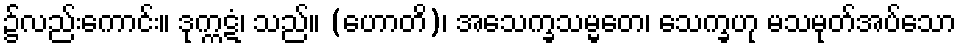
၌လည်းကောင်း။ ဒုက္ကဋံ၊ သည်။ (ဟောတိ)၊ အသေက္ခသမ္မတေ၊ သေက္ခဟု မသမုတ်အပ်သော